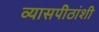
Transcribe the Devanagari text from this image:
व्यासपीठांशी